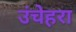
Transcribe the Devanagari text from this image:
उंचेहरा